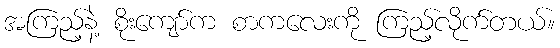
အကြည့်နဲ့ စိုးကျော်က စာကလေးကို ကြည့်လိုက်တယ်။